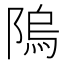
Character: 隖